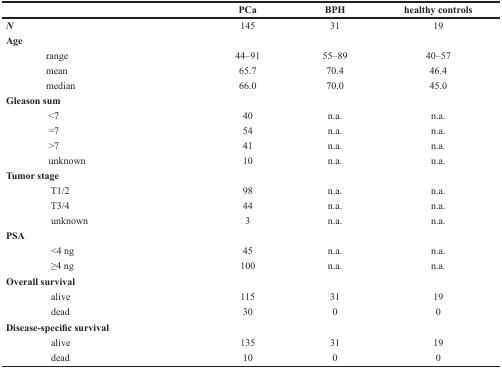
|  | PCa | BPH | healthy controls |
 | --- | --- | --- | --- |
 | N | 145 | 31 | 19 |
 | Age |  |  |  |
 | range | 44–91 | 55–89 | 40–57 |
 | mean | 65.7 | 70.4 | 46.4 |
 | median | 66.0 | 70.0 | 45.0 |
 | Gleason sum |  |  |  |
 | <7 | 40 | n.a. | n.a. |
 | =7 | 54 | n.a. | n.a. |
 | >7 | 41 | n.a. | n.a. |
 | unknown | 10 | n.a. | n.a. |
 | Tumor stage |  |  |  |
 | T1/2 | 98 | n.a. | n.a. |
 | T3/4 | 44 | n.a. | n.a. |
 | unknown | 3 | n.a. | n.a. |
 | PSA |  |  |  |
 | <4 ng | 45 | n.a. | n.a. |
 | ≥4 ng | 100 | n.a. | n.a. |
 | Overall survival |  |  |  |
 | alive | 115 | 31 | 19 |
 | dead | 30 | 0 | 0 |
 | Disease-specific survival |  |  |  |
 | alive | 135 | 31 | 19 |
 | dead | 10 | 0 | 0 |